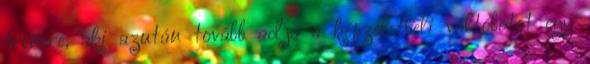
trénere, aki azután tovább adja a képzeletbeli váltóbotot egy